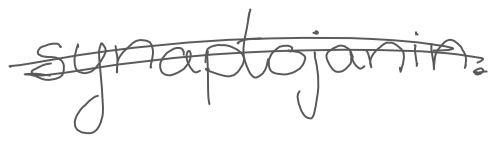
Text: synaptojanin.
Cross-out: double-line
Writing tool: digital_gray